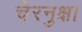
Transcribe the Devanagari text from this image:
चेरनुक्षा